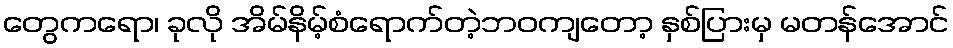
တွေကရော၊ ခုလို အိမ်နိမ့်စံရောက်တဲ့ဘဝကျတော့ နှစ်ပြားမှ မတန်အောင်